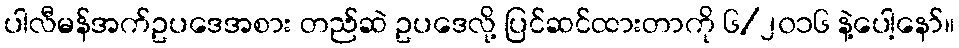
ပါလီမန်အက်ဥပဒေအစား တည်ဆဲ ဥပဒေလို့ ပြင်ဆင်ထားတာကို ၆/၂၀၁၆ နဲ့ပေါ့နော်။